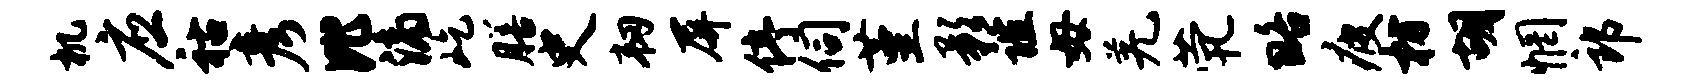
机应祜彦比滴屹膳史韧屏停伺堇影谊毋羌茕略疲枋胡惘郎